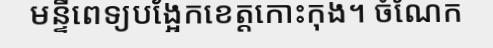
មន្ទីពេទ្យបង្អែកខេត្តកោះកុង។ ចំណែក